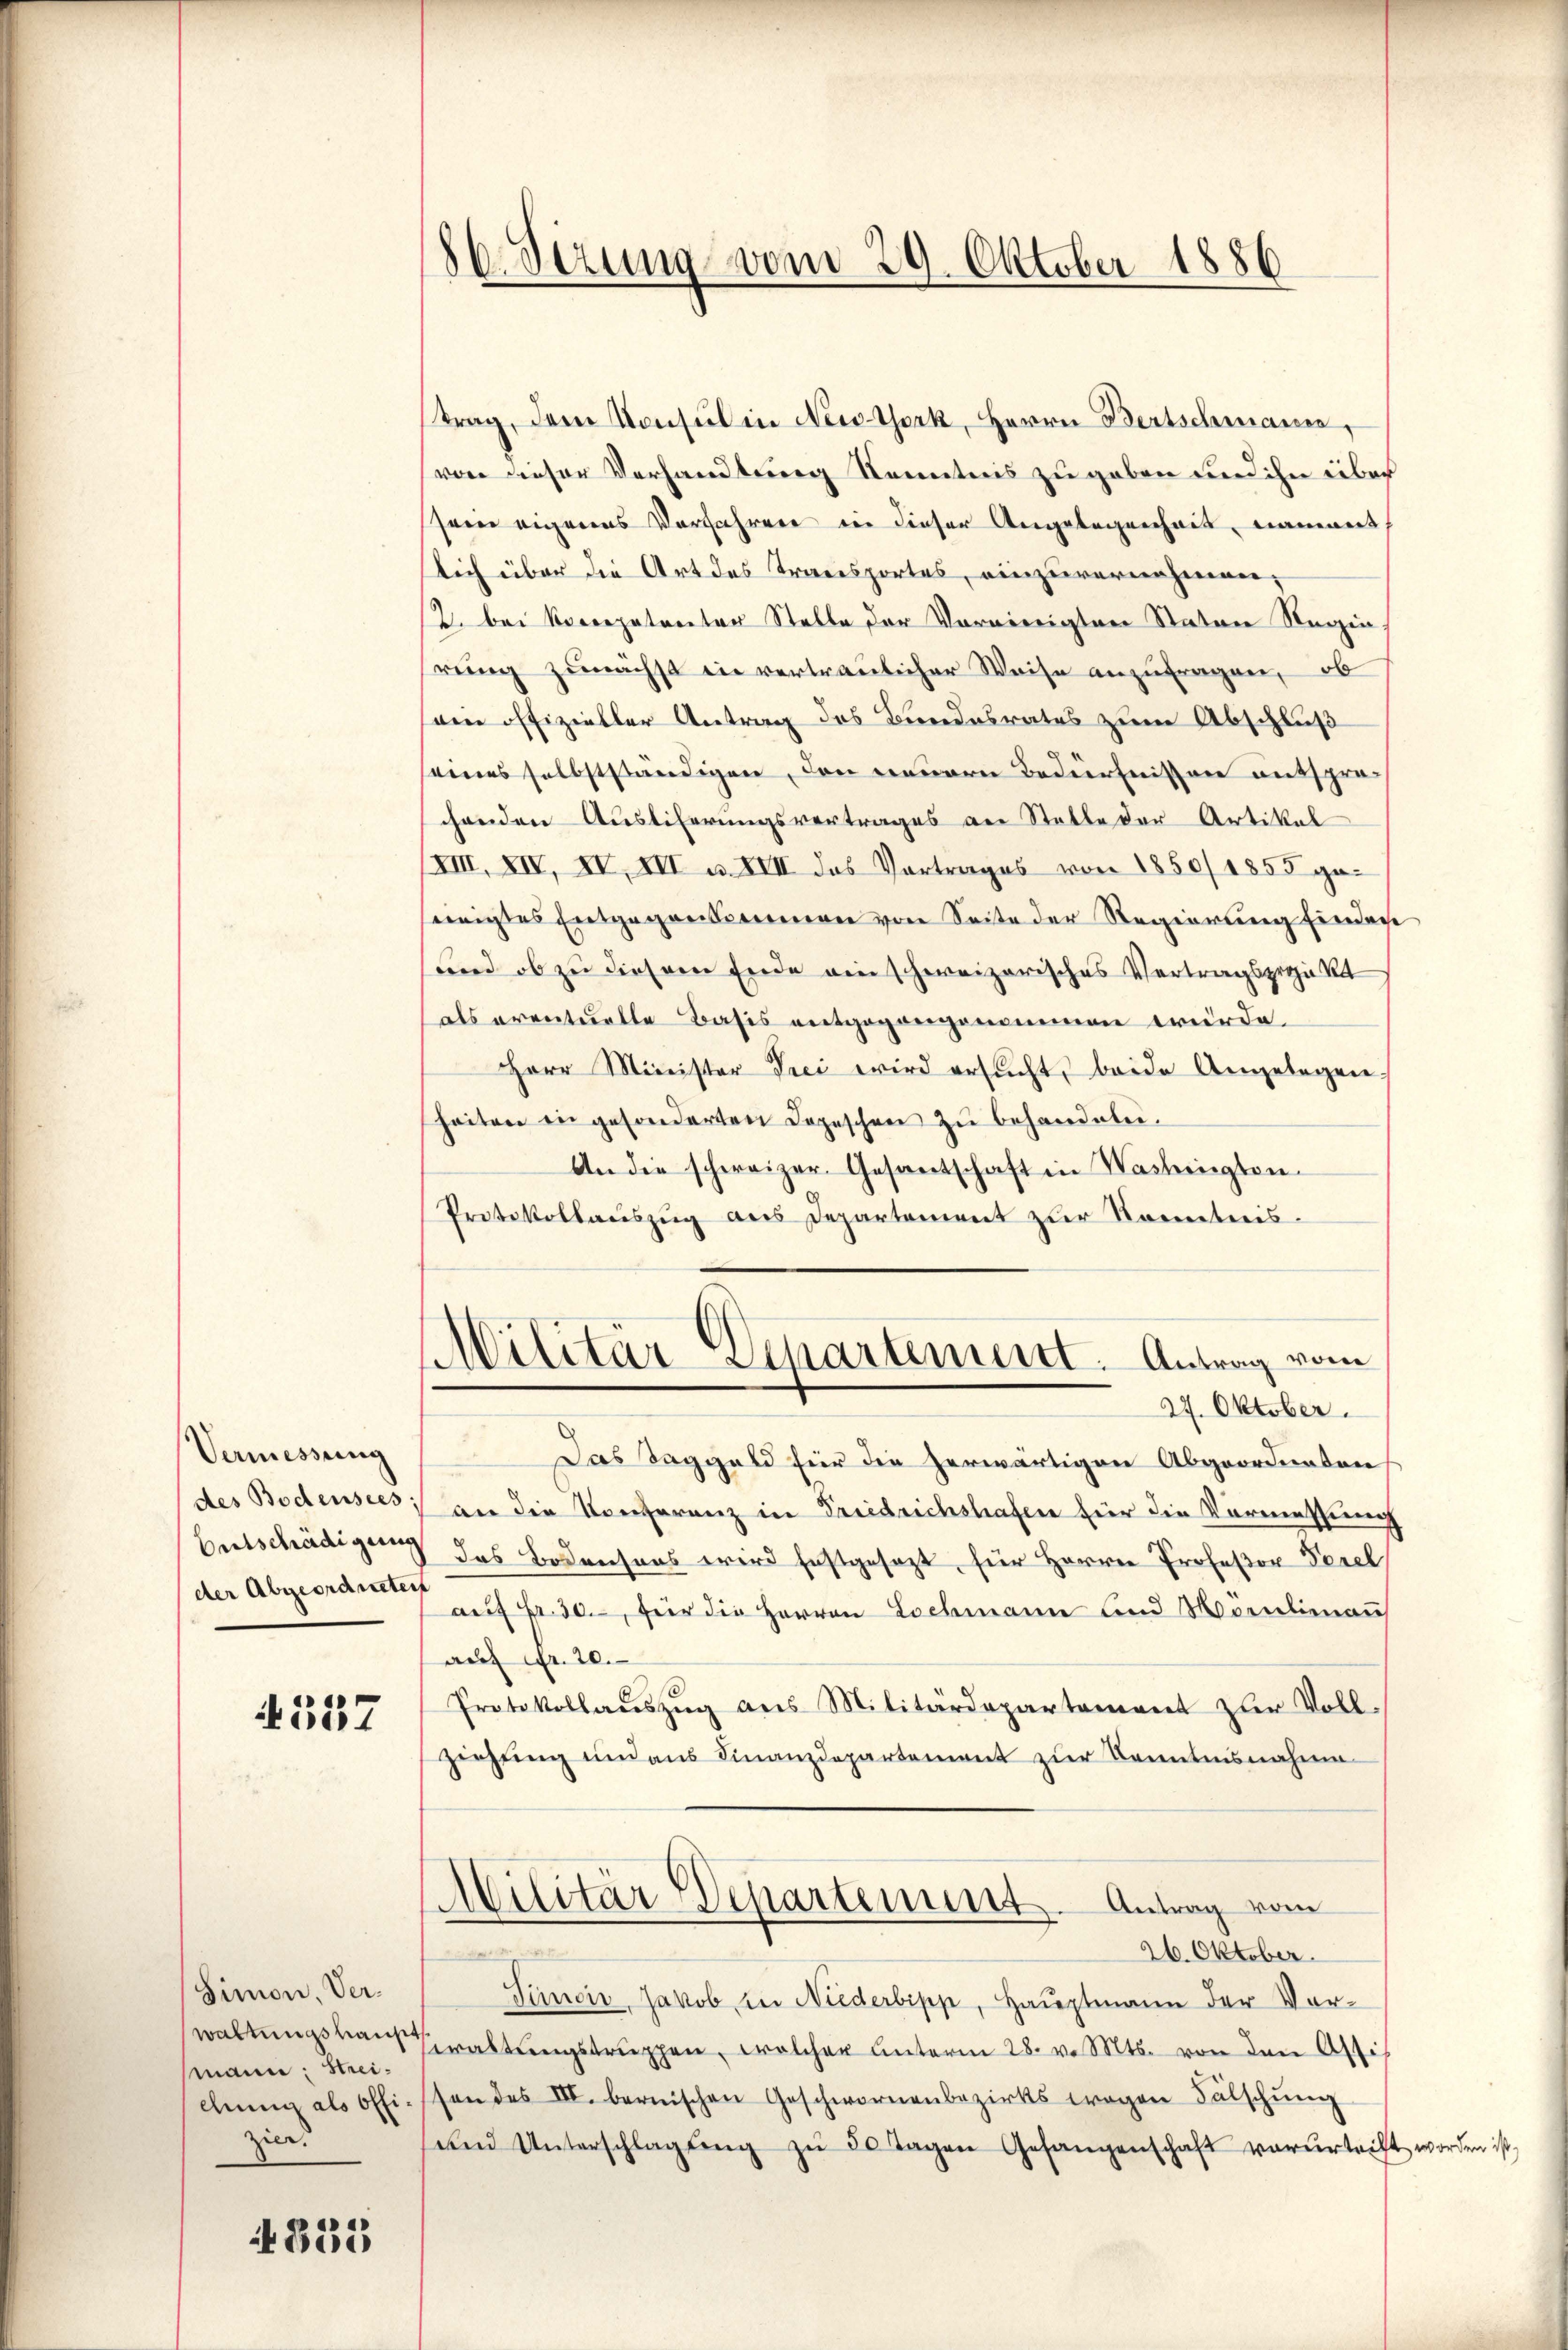
Vermessung
des Bodensees:
der Abgeordnetent

it. 337

Simon, Verwaltungshaupt
mann: Streichung als Offizier.

332

86. Sezung vom 29. Oktober 1886

trag, dem Konsul in New York, Herrn Bertschmanne,
von dieser Verhandlung Kenntnis zu geben und ihn über
seine eigerens Verfahren in dieser Angelegenheit, nanwert
lich über die Art des Transportes, einzuvernehmen,
12. bei Rocepatenter Stelle der Vereinigten Staten Regin
rung zunächst in vertraulicher Weise anzufragen,
sein offizieller Antrag des Bundesrates zum Abschluß
seines selbstständigen, den neuern Bedürfnissen entsprechenden Ausliferungsvertrages an Statte der Artikal
III, XIV, IV, III u. XVII des Vortrages von 1850/1855 ge-
eigtes Entgegenkommen von Seite der Regierung findere
und ob zu diesem Ende ein schweizerisches Vertragsprojekt
als eventuelle Basis entgegangenommen würde.
Herr Minister Vici wird ersŭcht, beide Angelegen.
heiten in gesonderten Depeschen zŭ behandeln.
An die schweizer. Gesantschaft in Washington
Protokollaŭszŭg ans Departement zur Kenntnis-
Militär Departement. Antrag vom
27. Oktober.
5
Das Taggeld für die herwärtigen Abgeordneten
an die Konferenz in Friedrichshafen für die Vormessung
Entschädigung des Bodensens wird festgesezt, für Herrn Professor Perel
auf Fr. 30. für die Herren Lochmann und Modenlienaus
auf Fr. 20.
Protokollaŭszŭg aŭs Militärdepartement zŭr Voll-
ziehung und aus Finanzdepartement zur Kenntnisnahme
Militär Departement. Antrag vom
26. Oktober.
Sinoir, Jakob, in Niederbipp, Hauptmann der Vor¬
Braltŭngstruppen, welcher unterm 28. v. Mts. von den Altisen des III. bernischen Geschwornenbezirks wegen Fälschung
und Unterschlagŭng zŭ 30 Tagen Gefangenschaft verŭrtrift

worden ist,